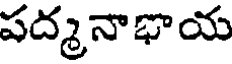
పద్మనాభాయ